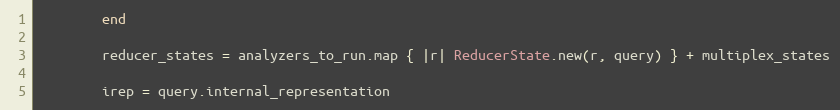
Language: Ruby
        end

        reducer_states = analyzers_to_run.map { |r| ReducerState.new(r, query) } + multiplex_states

        irep = query.internal_representation